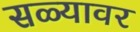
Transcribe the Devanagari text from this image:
सळ्यावर